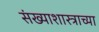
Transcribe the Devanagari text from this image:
संख्याशास्त्राच्या